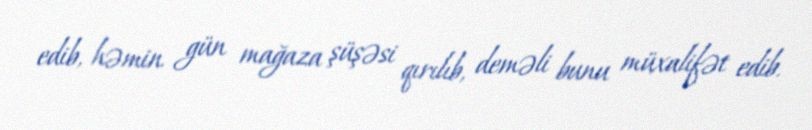
edib, həmin gün mağaza şüşəsi qırılıb, deməli bunu müxalifət edib.